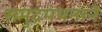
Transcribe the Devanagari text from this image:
समुद्रमंथनाने